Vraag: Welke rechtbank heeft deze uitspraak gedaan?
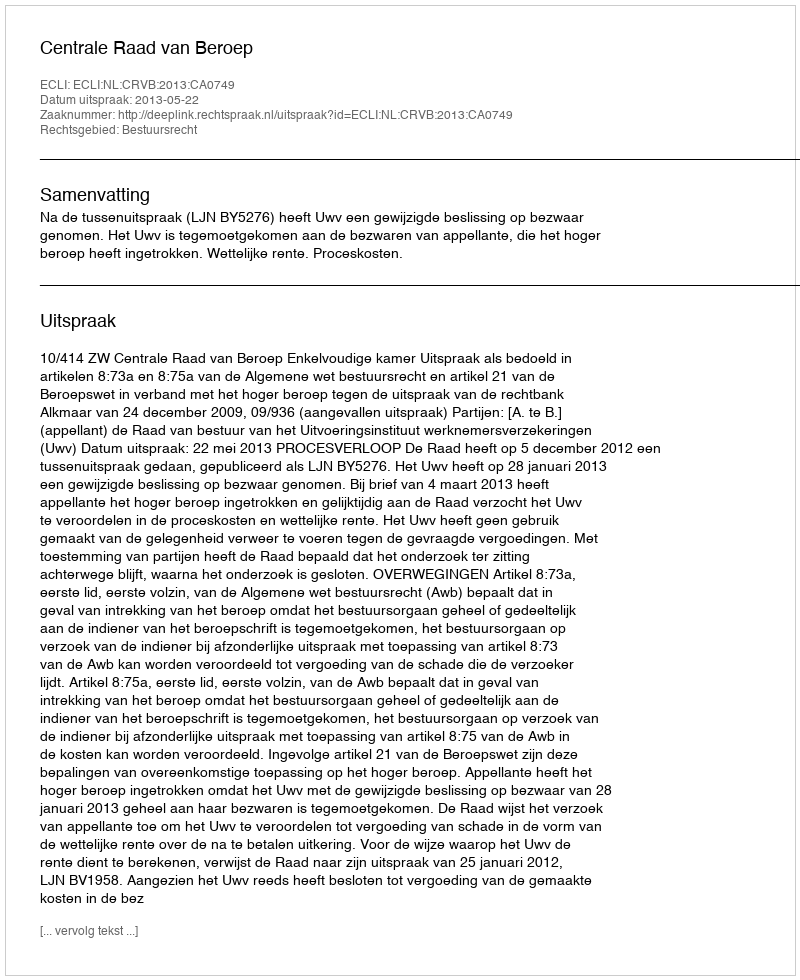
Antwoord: Centrale Raad van Beroep